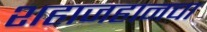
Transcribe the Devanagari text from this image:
शहाजहानचा